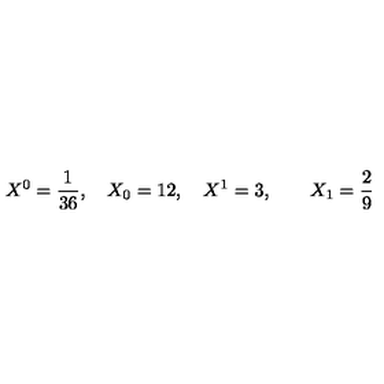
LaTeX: X ^ { 0 } = { \frac { 1 } { 3 6 } } , \quad X _ { 0 } = 1 2 , \quad X ^ { 1 } = 3 , \qquad X _ { 1 } = { \frac { 2 } { 9 } }